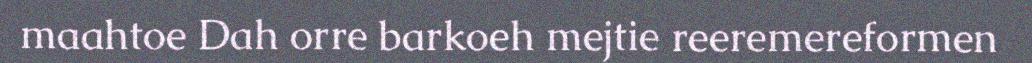
maahtoe Dah orre barkoeh mejtie reeremereformen